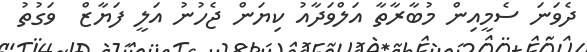
ދެވަނަ ސެމީއިން މުބާރާތާ އަލްވަދާއު ކިޔަން ޖެހުނު އަލީ ފަޔާޒް  ވަގުތު